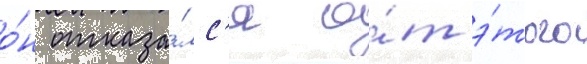
о́н отказа́лс'я о́т э́того